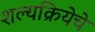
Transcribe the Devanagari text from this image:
शल्यक्रियेचे